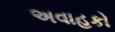
અવાહકો